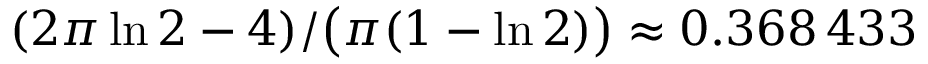
( 2 \pi \ln 2 - 4 ) / \bigl ( \pi ( 1 - \ln 2 ) \bigr ) \approx 0 . 3 6 8 \, 4 3 3